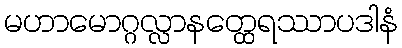
မဟာမောဂ္ဂလ္လာနတ္ထေရဿာပဒါနံ